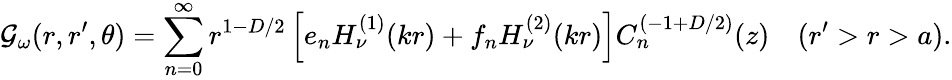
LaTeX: {\cal G}_{\omega}(r,r^{\prime},\theta)=\sum_{n=0}^{\infty}r^{1-D/2}\left[e_{n}H_{\nu}^{(1)}(kr)+f_{n}H_{\nu}^{(2)}(kr)\right]C_{n}^{(-1+{D/2})}(z)\quad(r^{\prime}>r>a).